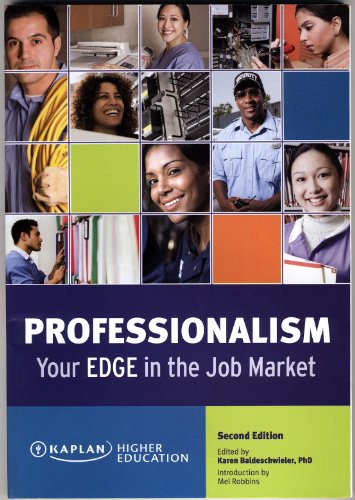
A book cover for Professionalism Your Edge in the Job Market; Business & Money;